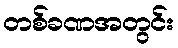
တစ်ခဏအတွင်း